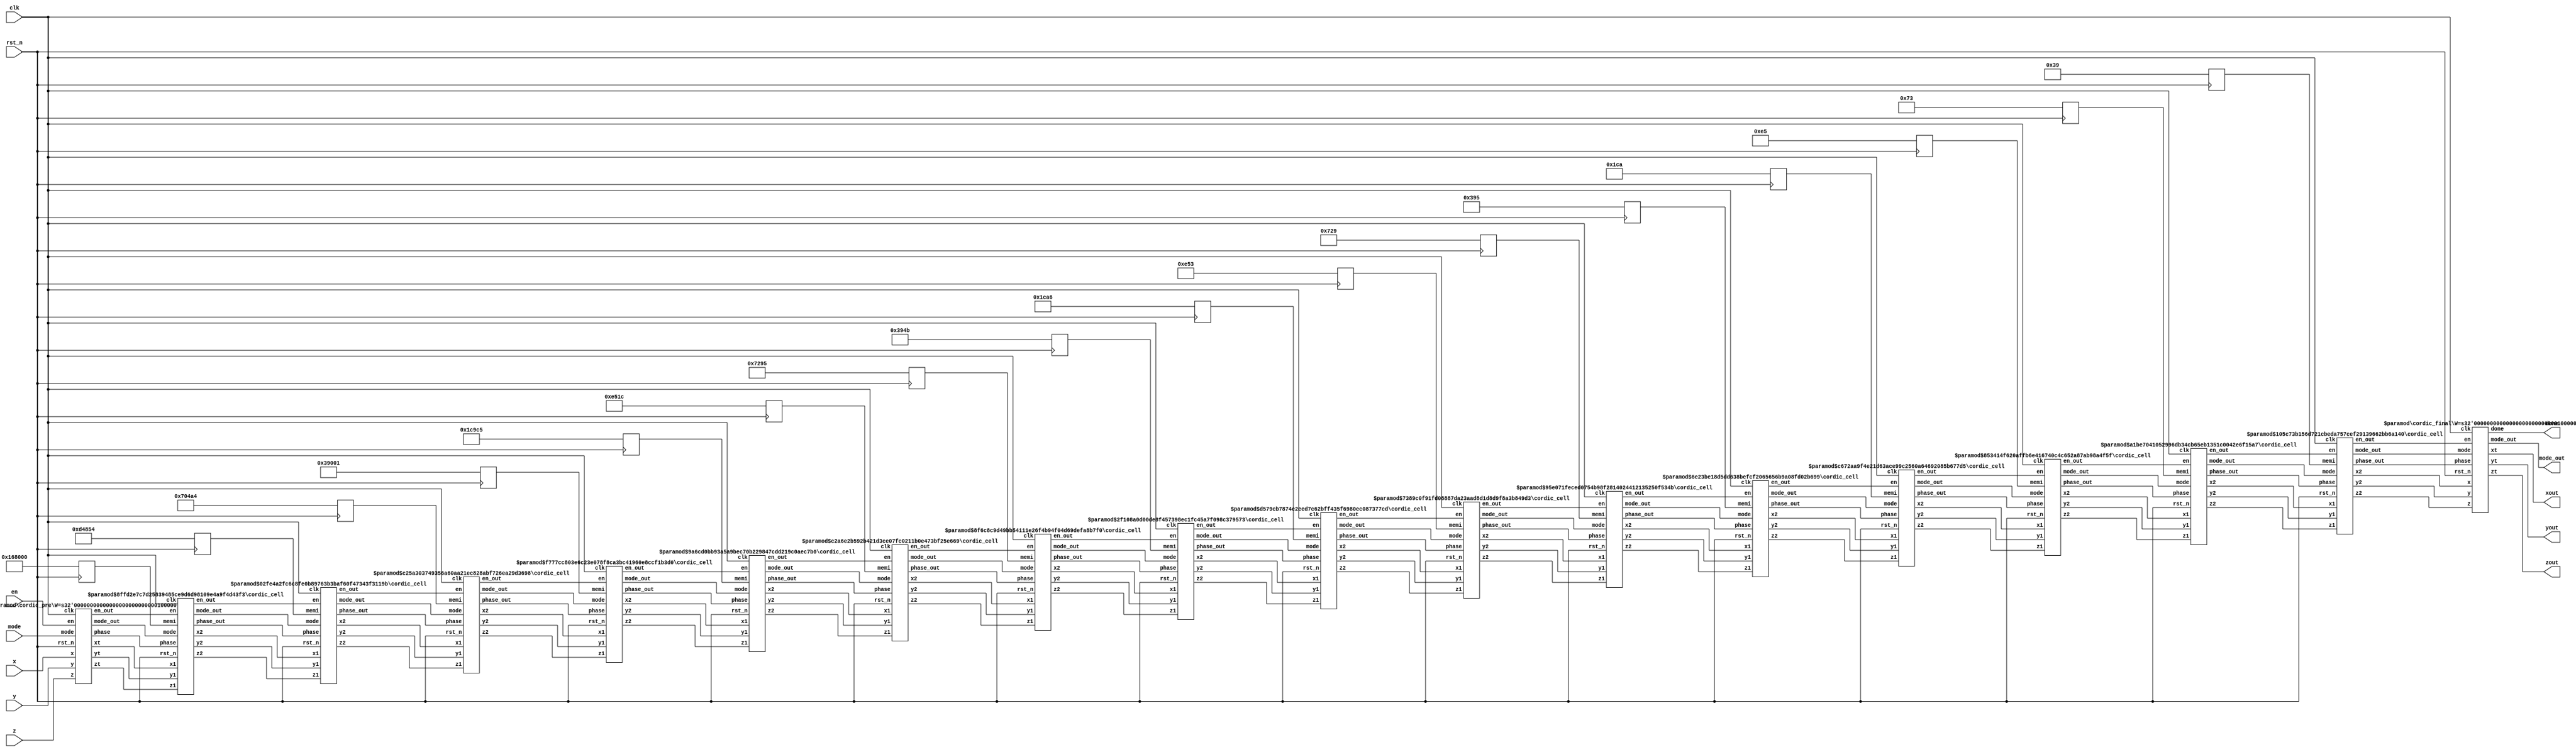
`timescale 1 ns / 100 ps 
module cordic1 #(parameter W = 32 , C = 16 ) 
	(
	input clk,
	input rst_n,
	input en,
	input mode,   //mode ==1 rotation mode ==0 vector
	input wire signed [W-1:0] x,
	input wire signed [W-1:0] y,
	input wire signed [W-1:0] z,
	output  signed [W-1:0] xout,
 	output  signed [W-1:0] yout,
	output  signed [W-1:0] zout,
	output  done,
	output  mode_out
	);
	wire signed [W-1:0] xtemp [C:0] ;
	wire signed [W-1:0] ytemp [C:0] ;
	wire signed [W-1:0] ztemp [C:0] ;
	wire en_t [C:0];
	wire mode_temp [C:0] ;
	wire [1:0] phase_temp [C:0] ;
	reg signed [W-1:0] mem [15:0] ;
	always @(negedge rst_n) begin  
		mem[0] <=32'd1474560;
		mem[1] <= 32'd870484;
		mem[2] <= 32'd459940;
		mem[3] <= 32'd233473;
		mem[4] <= 32'd117189;
		mem[5] <= 32'd58652;
		mem[6] <= 32'd29333;
		mem[7] <= 32'd14667;
		mem[8] <= 32'd7334;
		mem[9] <= 32'd3667;
		mem[10] <= 32'd1833;
		mem[11] <= 32'd917;
		mem[12] <= 32'd458;
		mem[13] <= 32'd229;
		mem[14] <= 32'd115;
		mem[15] <= 32'd57;
	end
	cordic_pre #(.W(W)) cordic_pre_u (
		.x(x),
		.y(y),
		.z(z),
		.en(en),
		.clk(clk),
		.rst_n(rst_n),
		.mode(mode),
		.en_out(en_t[0]),
		.mode_out(mode_temp[0]),
		.phase(phase_temp[0]),
		.xt(xtemp[0]),
		.yt(ytemp[0]),
		.zt(ztemp[0])
	);
	genvar i ; 
	generate 
		for (i = 0; i<C; i= i+1) begin : temp_cell
		cordic_cell #( .count(i), .W(W) ) cordic_cell_u ( 
		.x1(xtemp[i]), 
		.y1(ytemp[i]),
		.z1(ztemp[i]),
		.memi(mem[i]),
		.en(en_t[i]),
		.clk(clk), 
		.rst_n(rst_n),
	 	.mode(mode_temp[i]), 
		.phase(phase_temp[i]),
		.mode_out(mode_temp[i+1]), 
		.en_out(en_t[i+1]),
		.x2(xtemp[i+1]), 
		.y2(ytemp[i+1]), 
		.z2(ztemp[i+1]),
		.phase_out(phase_temp[i+1])
		);
		end 
	endgenerate 
	

	
	cordic_final #(.W(W)) cordic_final_u (
		.x(xtemp[C]),
		.y(ytemp[C]),
		.z(ztemp[C]),
		.en(en_t[C]),
		.clk(clk),
		.rst_n(rst_n),
		.mode(mode_temp[C]),
		.phase(phase_temp[C]),
		.mode_out(mode_out),
		.done(done),
		.xt(xout),
		.yt(yout),
		.zt(zout)
	);


endmodule 

module cordic_cell #(parameter count = 8, W = 32) (  
	input  signed [W-1:0] x1 ,
	input  signed [W-1:0] y1 ,
	input  signed [W-1:0] z1 ,
	input  signed [W-1:0] memi ,
	input en,
	input clk ,
	input rst_n ,
	input mode ,
	input [1:0] phase,
	output reg mode_out,
	output reg signed [W-1:0] x2 ,
	output reg signed [W-1:0] y2 ,
	output reg signed [W-1:0] z2 ,
	output reg en_out,
	output reg [1:0] phase_out );
	always @(posedge clk or negedge rst_n) begin
		if (!rst_n) begin // if reset, all 0 ;
			x2 <= 1'd0;  y2 <= 1'd0; z2 <= 1'd0;
			mode_out <= 0;
			phase_out <= 0;
			en_out <= 0;
		end 
		else begin 
			en_out <= en ;	
			if (en) begin 
				if (mode) begin 
					if ((z1[W-1])==1 ) begin 
						x2 <= x1 + (y1 >>> count) ;
						y2 <= y1 - (x1 >>> count) ;
						z2 <= z1 + memi ;
					end 
					else begin 
						x2 <= x1 - (y1 >>> count) ;
						y2 <= y1 + (x1 >>> count) ;
						z2 <= z1 - memi ;
					end 
				end 
				else begin 
					if (y1[W-1]) begin 
						x2 <= x1 - (y1 >>> count) ;
						y2 <= y1 + (x1 >>> count) ;
						z2 <= z1 - memi ; 
					end 
					else begin 
						x2 <= x1 + (y1 >>> count) ;
						y2 <= y1 - (x1 >>> count) ;
						z2 <= z1 + memi ;
					end 
				end
				mode_out <= mode ;
				phase_out <= phase ; 
			end
			else begin 
				x2 <= 1'd0;  y2 <= 1'd0; z2 <= 1'd0;
				mode_out <= 0;
				phase_out <= 0;
			end
		end 
	end
endmodule 

module cordic_pre # (parameter W = 32 ) (
	input signed [W-1:0] x ,
	input signed [W-1:0] y ,
	input signed [W-1:0] z ,
	input clk ,
	input rst_n ,
	input mode,
	input en,
	output reg [1:0] phase,
	output reg en_out,
	output reg mode_out,
	output reg signed [W-1:0] xt,
	output reg signed [W-1:0] yt,
	output reg signed [W-1:0] zt
	) ;
	wire signed [W-1:0] deg90 ;
	wire signed [W-1:0] deg181 ;
	assign deg90 = 32'd2949120;
	assign deg181 = 32'd5931008;
	
always @(posedge clk or negedge rst_n ) begin 
if (!rst_n) begin 
	xt <= 0;
	yt <= 0 ;
	zt <= 0;
	phase <= 2'b0;
	en_out <= 0;
	mode_out <= 0 ;
end 
else begin 
	en_out <= en;
	if(en) begin 
		mode_out<=mode ;
		if (mode) begin 
			if ((z > (deg90))&& (z < (deg181))) begin 
				xt <= -y ;
				yt <= x ;
				zt <= z -(deg90);
			end 
			else begin 
				if ( (z < (-deg90)) && (z > (-deg181)))begin 
					xt <= y;
					yt <= -x;
					zt <= z+(deg90);
				end 
				else begin 
					xt <= x ;
					yt <= y ;
					zt <= z ;
				end
			end
		end
		else begin 
			case ({x[W-1] , y[W-1] }) 
				2'b00 :begin  xt <= x; phase <= 2'b00 ; end 
				2'b01 :begin  xt <= x; phase <= 2'b11 ; end 
				2'b10 :begin  xt <= -x ; phase <= 2'b01; end 
				2'b11 :begin  xt <= -x ; phase <= 2'b10; end 
				default : ;
			endcase 	
			yt <= y;
			zt <= z;
		end
	end
	else begin 
		xt <= 0;
		yt <= 0 ;
		zt <= 0;
		phase <= 2'b0;
		mode_out <= 0 ;	
	end
end
end //end always 
endmodule 


module cordic_final #(parameter W= 32 ) (
	input signed [W-1:0] x ,
	input signed [W-1:0] y ,
	input signed [W-1:0] z ,
	input clk ,
	input rst_n ,
	input mode,
	input en,
	input [1:0] phase,
	output reg done,
	output reg mode_out,
	output reg signed [W-1:0] xt,
	output reg signed [W-1:0] yt,
	output reg signed [W-1:0] zt
	);
	wire signed [W-1:0] deg180;
	assign deg180 = 32'd5898240;
always @(posedge clk or negedge rst_n) begin 
	if (!rst_n) begin 
		xt <= 0;
		yt <= 0 ;
		zt <= 0;
		mode_out <= 0;
		done <= 0;
	end 
	else begin 
		done <= en;
		if(en) begin 
			mode_out <= mode ;
			if(mode) begin 
				zt <= z;
			end 
			else if (phase == 2'b10) begin 
				zt<= -(deg180)- z;
				end 
			else if (phase == 2'b01) begin 
				zt <= (deg180) -z;
				end 
			else begin 
				zt <= z;
			end 
			xt <= (x>>>1)+(x>>>4)+(x>>>5)+(x>>>7)+(x>>>8)+(x>>>10)+(x>>>11)+(x>>>12)+(x>>>14); //xt <= xt *0.607253
			yt <= (y>>>1)+(y>>>4)+(y>>>5)+(y>>>7)+(y>>>8)+(y>>>10)+(y>>>11)+(y>>>12)+(y>>>14);
		end
		else begin 
			xt <= 0;
			yt <= 0 ;
			zt <= 0;
			mode_out <= 0;
		end
	end 
end 
endmodule